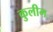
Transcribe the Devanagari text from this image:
कुलीग